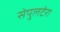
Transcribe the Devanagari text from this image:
सेपुलटेरा